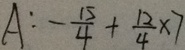
A : - \frac { 1 5 } { 4 } + \frac { 1 2 } { 4 } \times 7